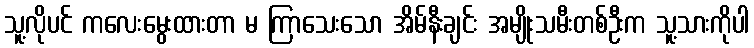
သူ့လိုပင် ကလေးမွေးထားတာ မ ကြာသေးသော အိမ်နီးချင်း အမျိုးသမီးတစ်ဦးက သူ့သားကိုပါ